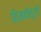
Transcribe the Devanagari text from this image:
हिमकेंद्रों